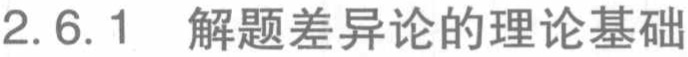
2.6.1 解题差异论的理论基础